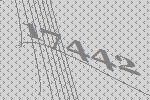
17442